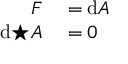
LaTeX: \begin{array} { r l } { F } & { { } = \mathrm { d } A } \\ { \mathrm { d } { \star } A } & { { } = 0 } \end{array}